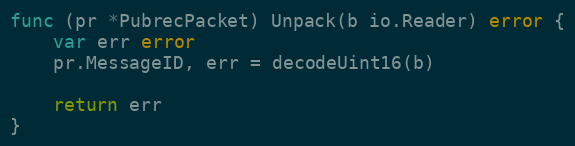
Language: Go
func (pr *PubrecPacket) Unpack(b io.Reader) error {
	var err error
	pr.MessageID, err = decodeUint16(b)

	return err
}